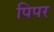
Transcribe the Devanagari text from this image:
पिपर